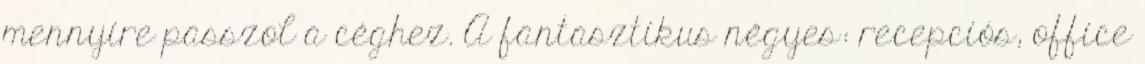
mennyire passzol a céghez. A fantasztikus négyes: recepciós, office